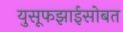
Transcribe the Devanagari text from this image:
युसूफझाईसोबत